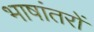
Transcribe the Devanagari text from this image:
भाषांतरों